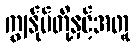
ကျွန်ုပ်တို့နှင့်အတူ